Civil Veterinary Department Bengal reports 1933-51 - 1933-1951
Year: 1933
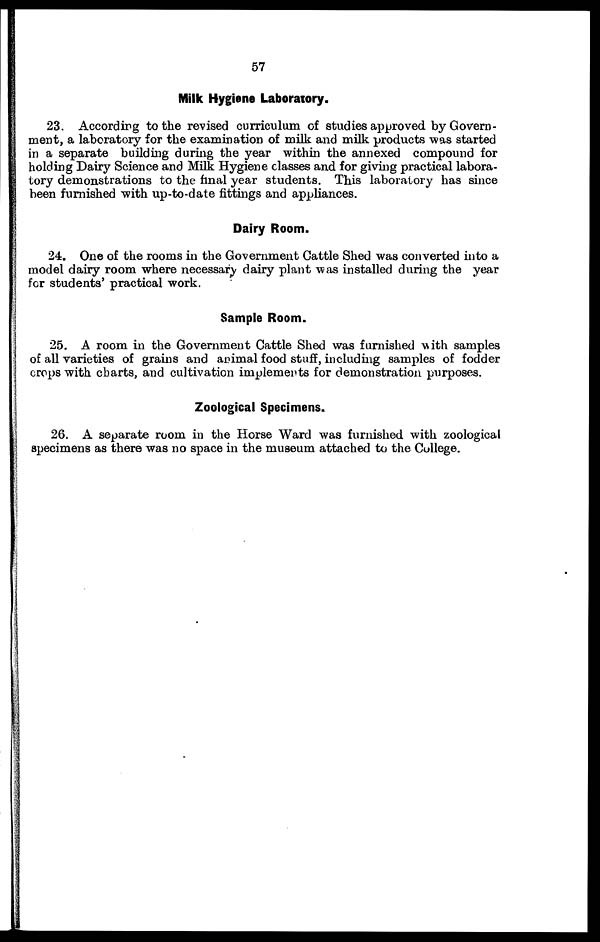
57
Milk Hygiene Laboratory.
23. According to the revised curriculum of studies approved by Govern-
ment, a laboratory for the examination of milk and milk products was started
in a separate building during the year within the annexed compound for
holding Dairy Science and Milk Hygiene classes and for giving practical labora-
tory demonstrations to the final year students. This laboratory has since
been furnished with up-to-date fittings and appliances.
Dairy Room.
24. One of the rooms in the Government Cattle Shed was converted into a
model dairy room where necessary dairy plant was installed during the year
for students' practical work.
Sample Room.
25. A room in the Government Cattle Shed was furnished with samples
of all varieties of grains and animal food stuff, including samples of fodder
crops with charts, and cultivation implements for demonstration purposes.
Zoological Specimens.
26. A separate room in the Horse Ward was furnished with zoological
specimens as there was no space in the museum attached to the College.